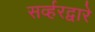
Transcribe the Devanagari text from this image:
सर्व्हरद्वारे